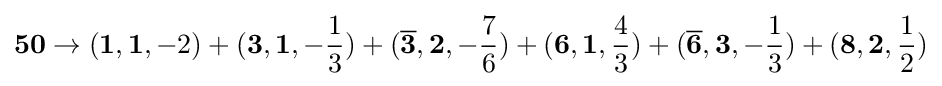
\mathbf {50} \rightarrow (\mathbf {1} ,\mathbf {1} ,-2)+(\mathbf {3} ,\mathbf {1} ,-{\frac {1}{3}})+({\overline {\mathbf {3} }},\mathbf {2} ,-{\frac {7}{6}})+(\mathbf {6} ,\mathbf {1} ,{\frac {4}{3}})+({\overline {\mathbf {6} }},\mathbf {3} ,-{\frac {1}{3}})+(\mathbf {8} ,\mathbf {2} ,{\frac {1}{2}})